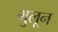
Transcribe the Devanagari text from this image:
भुलून